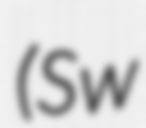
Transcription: (Sw